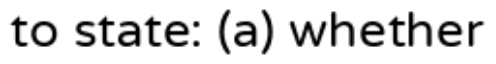
to state: (a) whether